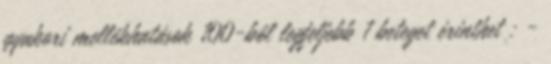
gyakori mellékhatások 100-ból legfeljebb 1 beteget érinthet : -